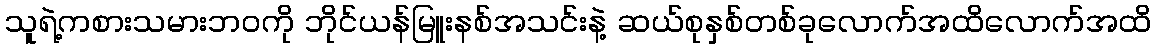
သူရဲ့ကစားသမားဘဝကို ဘိုင်ယန်မြူးနစ်အသင်းနဲ့ ဆယ်စုနှစ်တစ်ခုလောက်အထိလောက်အထိ